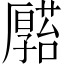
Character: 𠫆